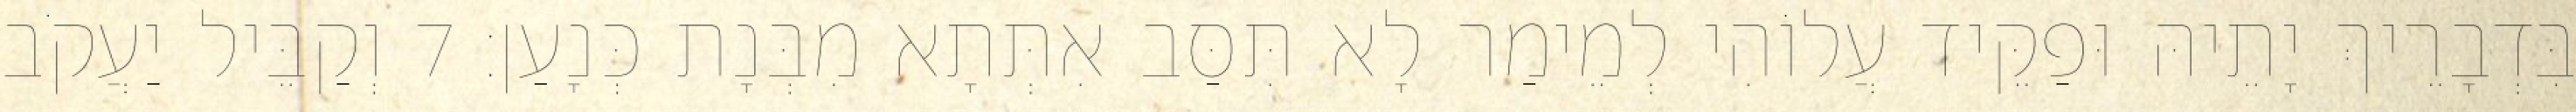
בִּדְבָרֵיךְ יָתֵיהּ וּפַקֵּיד עֲלוֹהִי לְמֵימַר לָא תִּסַּב אִתְּתָא מִבְּנָת כְּנָעַן׃ 7 וְקַבֵּיל יַעֲקֹב